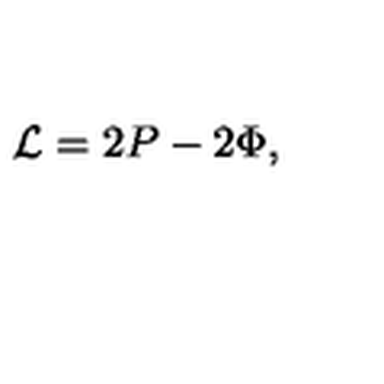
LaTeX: { \cal L } = 2 P - 2 \Phi ,